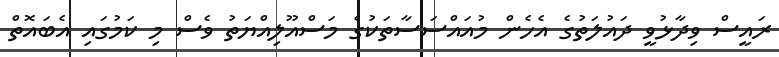
ރައީސް ވިދާޅުވީ ދައުލަތުގެ އެހެން މުއައްސަސާތަކުގެ މަސްއޫލިއްޔަތު ވެސް މި ކަމުގައި އެބައޮތް